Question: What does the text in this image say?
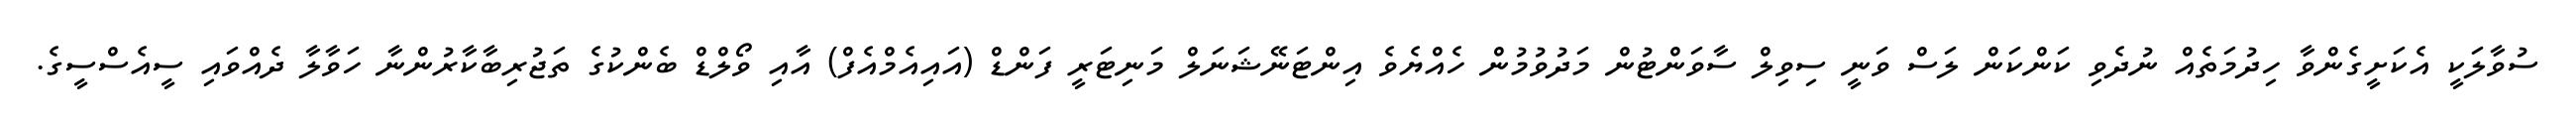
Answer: ސުވާލަކީ އެކަށީގެންވާ ހިދުމަތެއް ނުދެވި ކަންކަން ލަސް ވަނީ ސިވިލް ސާވަންޓުން މަދުވުމުން ހެއްޔެވެ އިންޓަނޭޝަނަލް މަނިޓަރީ ފަންޑް (އައިއެމްއެފް) އާއި ވޯލްޑް ބެންކުގެ ތަޖުރިބާކާރުންނާ ހަވާލާ ދެއްވައި ސީއެސްސީގެ.